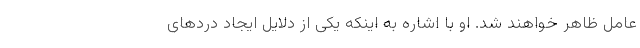
عامل ظاهر خواهند شد. او با اشاره به اینکه یکی از دلایل ایجاد دردهای